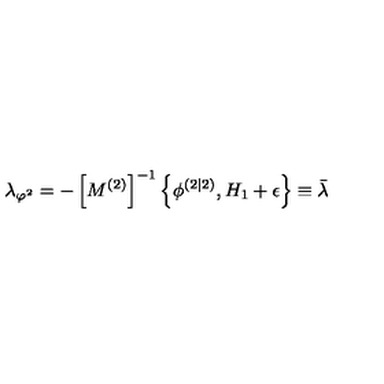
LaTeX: \lambda _ { \varphi ^ { 2 } } = - \left[ M ^ { \left( 2 \right) } \right] ^ { - 1 } \left\{ \phi ^ { \left( 2 | 2 \right) } , H _ { 1 } + \epsilon \right\} \equiv \bar { \lambda }